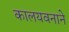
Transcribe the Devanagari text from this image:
कालयवनाने